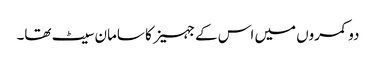
دو کمروں میں اس کے جہیز کا سامان سیٹ تھا۔